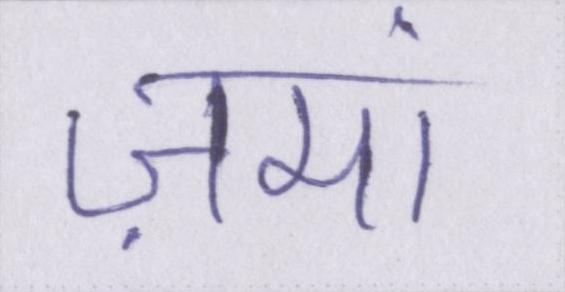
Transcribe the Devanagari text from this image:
ज़मां